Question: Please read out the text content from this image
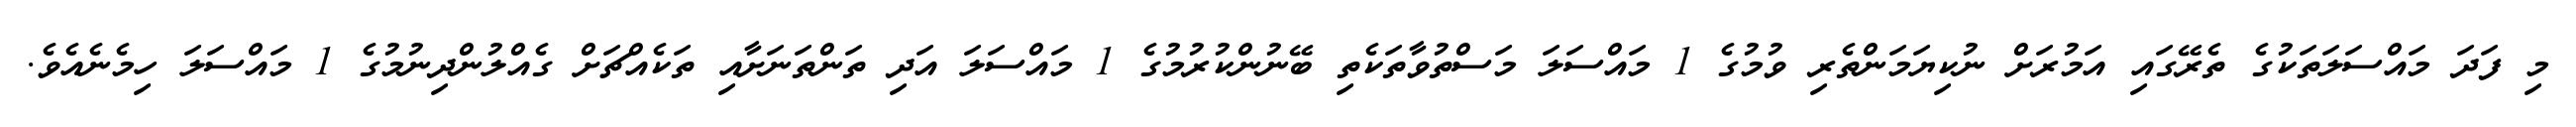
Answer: މި ފަދަ މައްސަލަތަކުގެ ތެރޭގައި އަމުރަށް ނުކިޔަމަންތެރި ވުމުގެ 1 މައްސަލަ މަސްތުވާތަކެތި ބޭނުންކުރުމުގެ 1 މައްސަލަ އަދި ތަންތަނަށާއި ތަކެއްޗަށް ގެއްލުންދިނުމުގެ 1 މައްސަލަ ހިމެނެއެވެ.